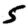
Digit: 5